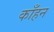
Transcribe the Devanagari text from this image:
काँहन